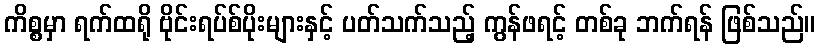
ကိစ္စမှာ ရက်ထရို ဗိုင်းရပ်စ်ပိုးများနှင့် ပတ်သက်သည့် ကွန်ဖရင့် တစ်ခု ဘက်ရန် ဖြစ်သည်။